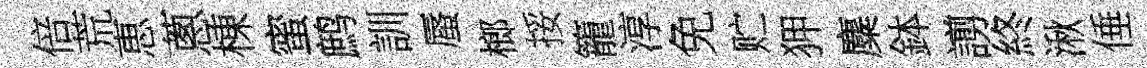
倍荒恵蔥棟蜜鹧訓蜃榔挼籠淳免贮狎麋鉢謭終湫倕